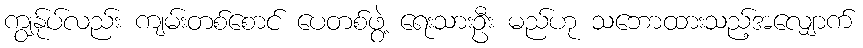
ကျွန်ုပ်လည်း ကျမ်းတစ်စောင် ပေတစ်ဖွဲ့ ရေးသားဦး မည်ဟု သဘောထားသည့်အလျှောက်